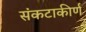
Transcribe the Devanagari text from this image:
संकटाकीर्ण